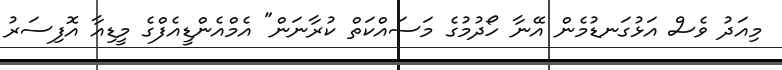
މިއަދު ވެސް އަޅުގަނޑުމެން އޭނާ ހޯދުމުގެ މަސައްކަތް ކުރާނަން" އެމްއެންޑީއެފްގެ މީޑިއާ އޮފިސަރު